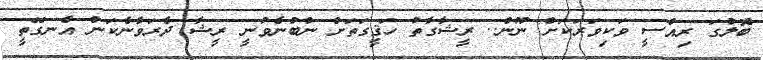
ބޮލުގަ ރިއްސީ ވަކިވަރަކަށް ނޫން.. ރީޝާގާތު ހަޤީގަތަަށް ނުބުނެވުނީ ރީޝާ ދެރަވާނެކަން އެނގޭތީ